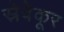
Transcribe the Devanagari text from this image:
स्रेवेकूर